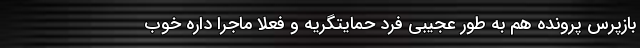
بازپرس پرونده هم به طور عجیبی فرد حمایتگریه و فعلا ماجرا داره خوب